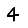
Digit: 4